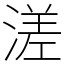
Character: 溠